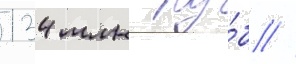
134 млн ру́б //